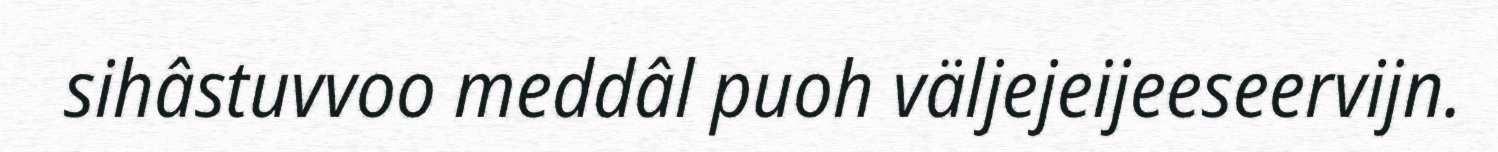
sihâstuvvoo meddâl puoh väljejeijeeseervijn.